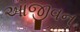
આજીવન